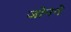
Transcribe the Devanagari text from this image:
जोनने